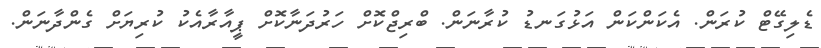
ޑެލިގޭޓް ކުރަން. އެކަންކަން އަޅުގަނޑު ކުރާނަން. ބްރިޖްކޮށް ހަރުދަނާކޮށް ޕީއާރާއެކު ކުރިޔަށް ގެންދާނަން.